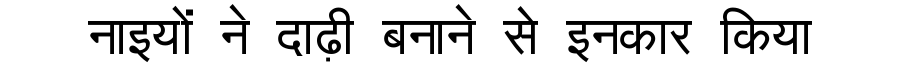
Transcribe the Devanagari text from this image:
नाइयों ने दाढ़ी बनाने से इनकार किया